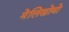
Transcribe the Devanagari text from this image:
मेलिखोवो